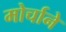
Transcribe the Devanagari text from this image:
मोर्चाने